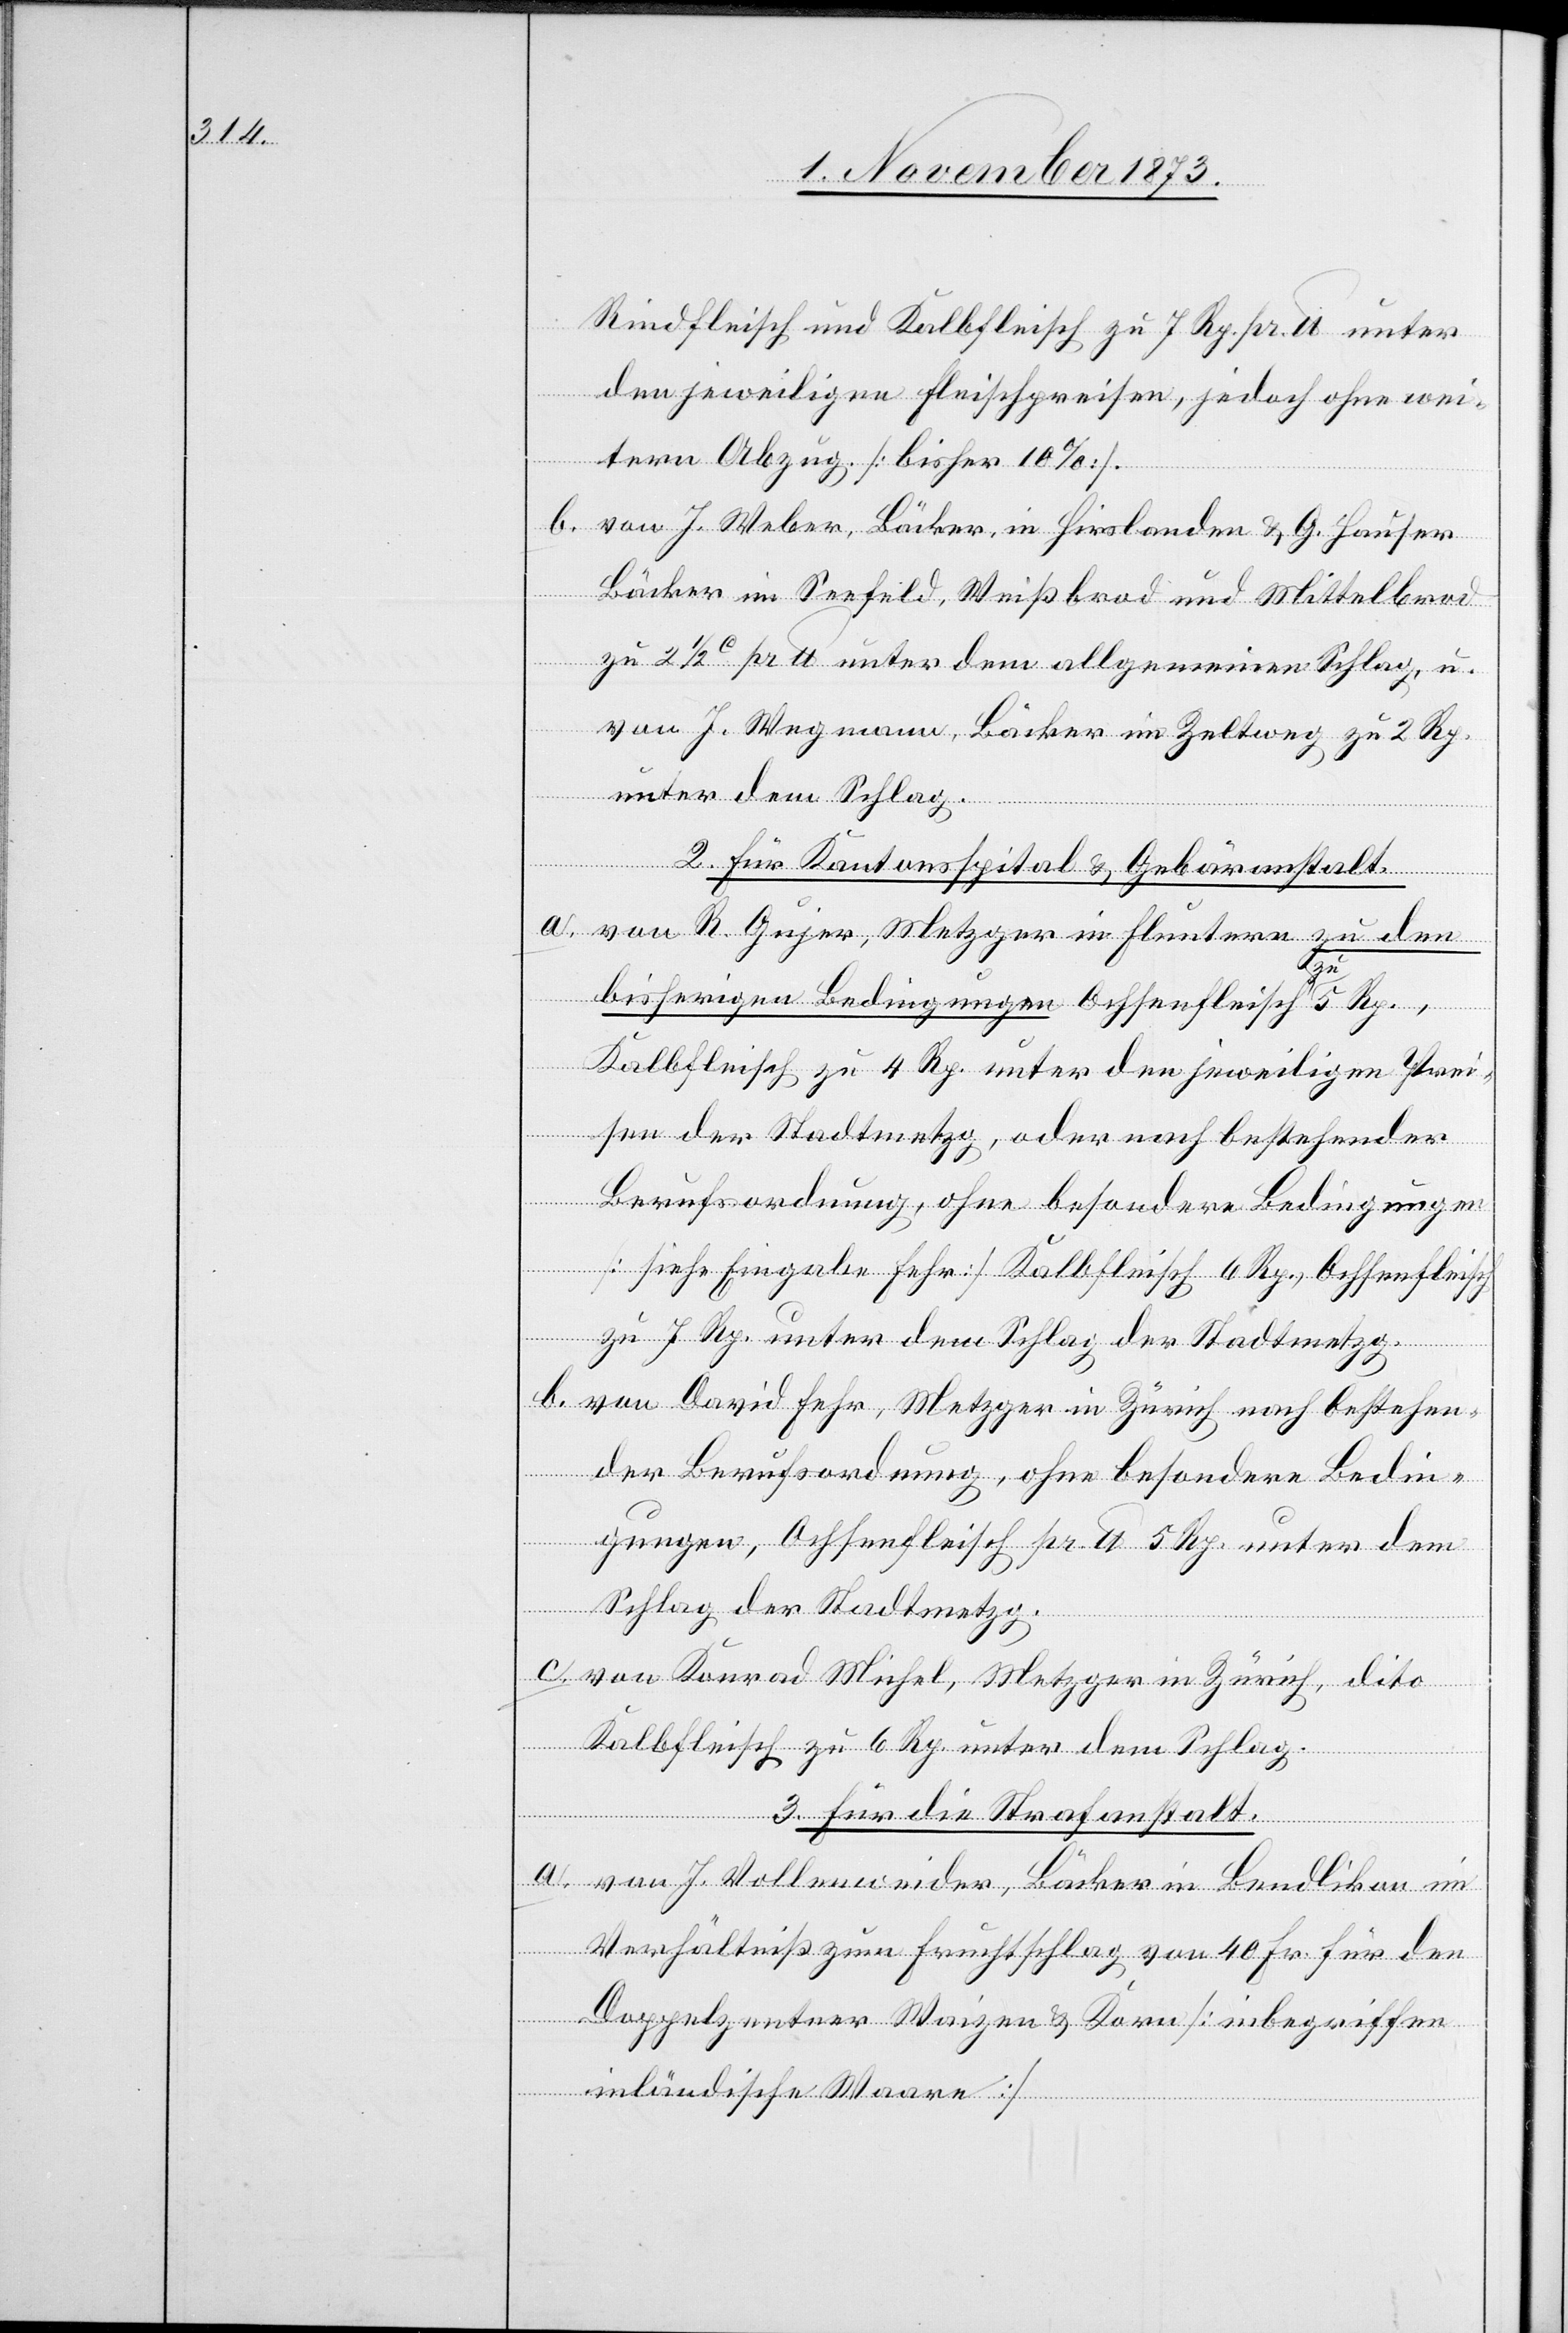
Rindfleisch und Kalbfleisch zu 7 Rp. pr. lb unter
den jeweiligen Fleischpreisen, jedoch ohne wei¬
tern Abzug. [bisher 10%].
b. von J. Weber, Bäcker, in Hirslanden & G. Hauser
Bäcker im Seefeld, Weißbrod und Mittelbrod
zu 2 1/2c pr lb unter dem allgemeinen Schlag, u.
von J. Wegmann, Bäcker im Zeltweg zu 2 Rp.
unter dem Schlag.
2. Für Kantonsspital & Gebäranstalt.
a. von R. Gujer, Metzger in Fluntern zu den
bisherigen Bedingungen Ochsenfleisch zu 5 Rp.,
Kalbfleisch zu 4 Rp. unter den jeweiligen Prei¬
sen der Stadtmetzg, oder nach bestehender
Berufsordnung, ohne besondere Bedingungen
[siehe Eingabe Fehr] Kalbfleisch 6 Rp., Ochsenfleisch
zu 7 Rp. unter dem Schlag der Stadtmetzg.
b. von David Fehr, Metzger in Zürich nach bestehen¬
der Berufsordnung, ohne besondere Bedin¬
gungen, Ochsenfleisch pr. lb 5 Rp. unter dem
Schlag der Stadtmetzg.
c. von Konrad Michel, Metzger in Zürich, dito
Kalbfleisch zu 6 Rp. unter dem Schlag.
3. Für die Strafanstalt.
a. von J. Vollenweider, Bäcker in Bendlikon im
Verhältniß zum Fruchtschlag von 40 Fr. für den
Doppelzentner Waizen & Korn [inbegriffen
inländische Waare]